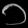
Digit: ၁